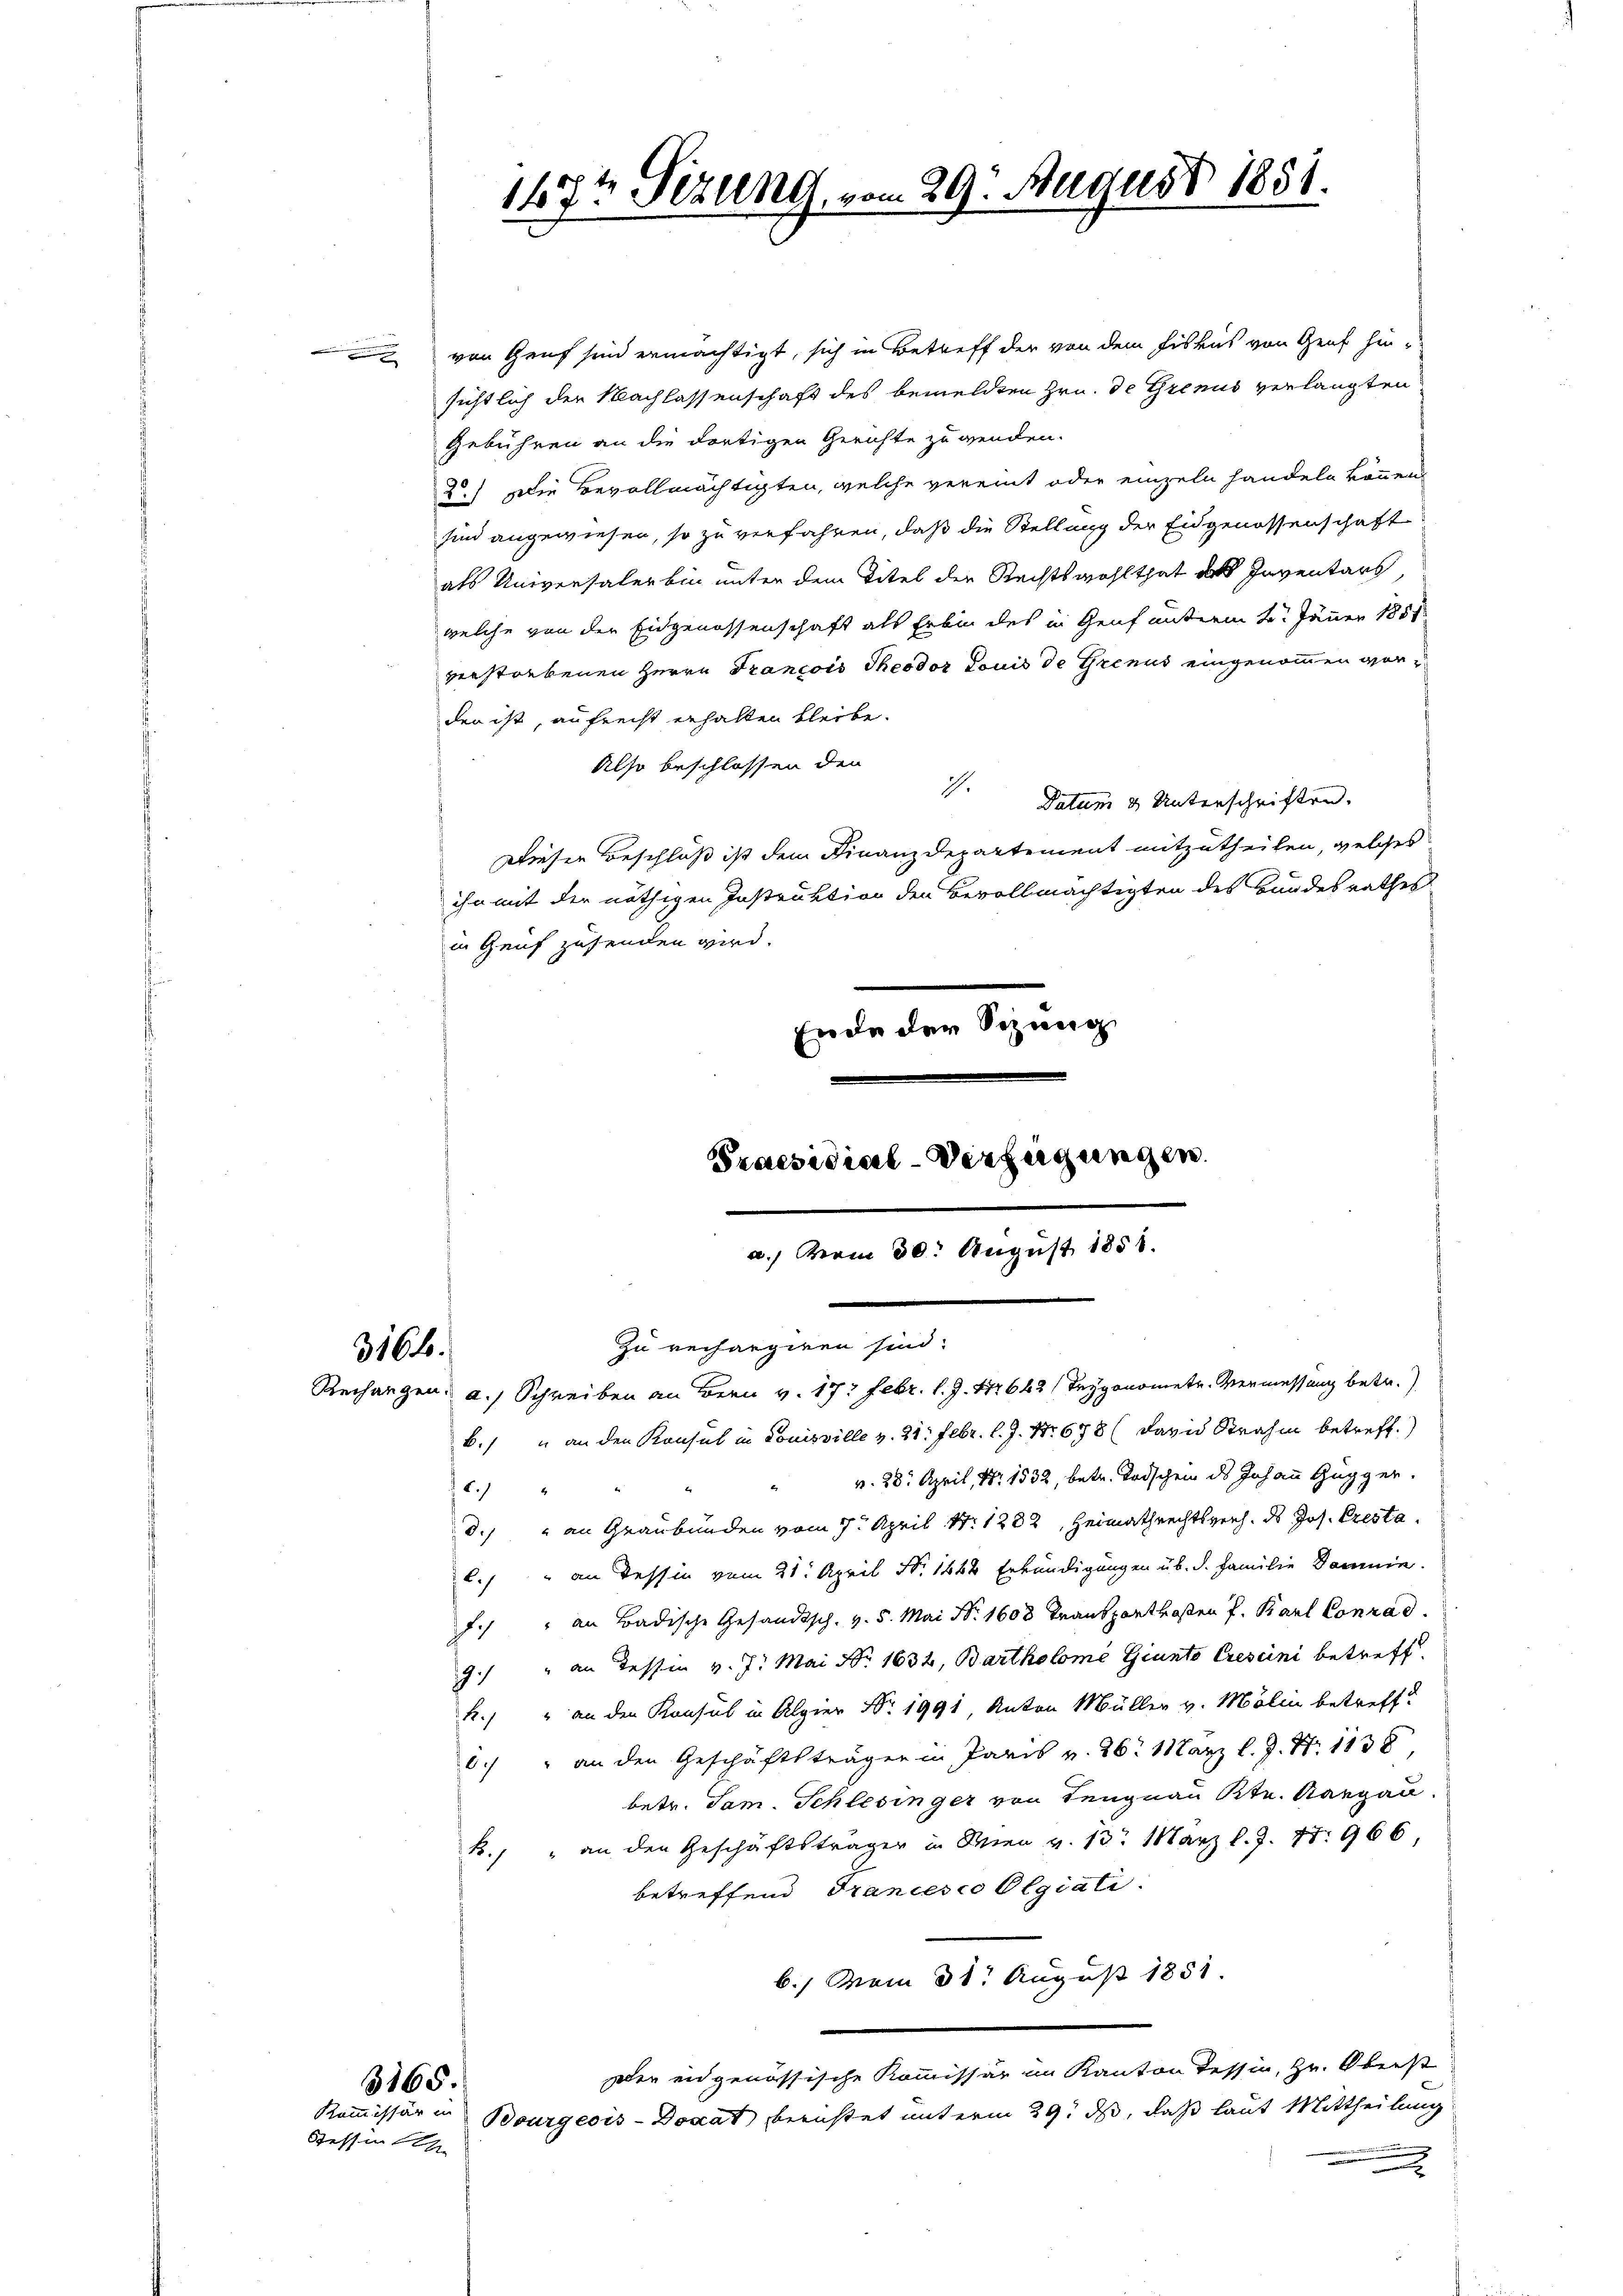
3166.

von Genf sind ermächtigt, sich in Betreff der von dem Fiskus von Genf hin-
sichtlich der Nachlassenschaft des bemeldten Hrn. de Grenus verlangten
Gebühren an die dortigen Gerichte zu wenden.
2.) Die Bevollmächtigten, welche vereint oder einzeln handeln können,
sind angewiesen, so zu verfahren, daß die Stellung der Eidgenossenschaft
als Universaler bin unter dem Titel der Rechtswohlthat des Inventars,
welche von der Eidgenossenschaft als Erbin des in Genf unterm 22. Jänner 1857
verstorbenen Herrn Francois Theodor Louis de Grenus eingenommen worden ist, aufrecht erhalten bleibe.
Also beschlossen den
.
Datum 2 Unterschriften.
Dieser Beschluß ist dem Finanzdepartement mitzutheilen, welches
ihn mit der nöthigen Instruktion den Bevollmächtigten des Bundesrathes
in Genf zusenden wird.
Ende der Sitzung

6.

3168.
Stessin

147t Sizung, vom 29. August 1851.

Praesidial-Verfügungen.
a. vom 30. August 1858.

zu rechargiren sind.
Rechangen: a.) Schreiben an Bern v. 17. Febr. l. J. 172642/Teygonometr. Vermessung betr.
B.) an den Konsul in Louisville v. 21. Febr. l. J. Nr. 678 (David Strahen betreff.)
v. 28. April, Nr. 1532, betr. Todschein des Johann Gugger.
d. " an Graubünden vom 7. April 171282, Heimathrechtsprech. des Jos. Presta¬
C.) an Tessin vom 28. April Nr. 1682 Erkundigungen üb. d. Familie Domme.
f.) an Badische Gesandtsch. v. 5. Mai Nr 1603 Transportkosten P. Karl Conrad
9.) " an dessen v. J. Mai No. 1634, Bartholome Giunto Crescini betreff.
k.) " an den Konsul in Alpier Nr. 1991, Anton Müller v. Mölin betreff
8. " an den Geschäftsträger in Paris v. 26. März l. J. Nr. 1138
betr. Jam. Schlesinger von Tengnau Ktn. Aargau
k., an den Geschäftsträger in Wien v. 13. März l. J. 17. 966
betreffend Francesco Olgiali
b. vom 31. August 1851.
Der eidgenössische Kommissär im Kanton Tessin, Hr. Oberst
Kommissär in Bourgeois-Donat beristet unterm 29. ds, daß laut Mittheilung
x